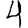
Digit: 4